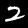
Digit: 2